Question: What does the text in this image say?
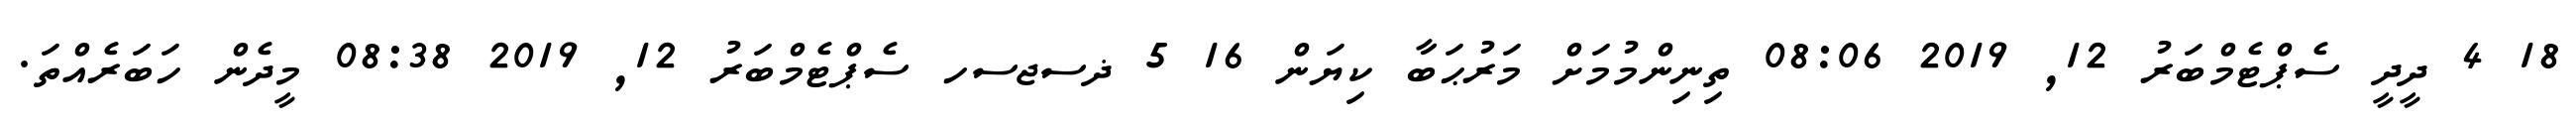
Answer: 18 4 ދީދީ ސެޕްޓެމްބަރު 12, 2019 08:06 ތިނިންމުމަށް މަރުޙަބާ ކިޔަން 16 5 ޛސޖސހ ސެޕްޓެމްބަރު 12, 2019 08:38 މީދެން ހަބަރެއްތަ.